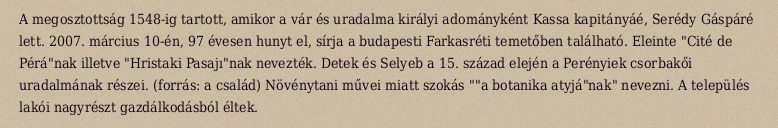
A megosztottság 1548-ig tartott, amikor a vár és uradalma királyi adományként Kassa kapitányáé, Serédy Gáspáré lett. 2007. március 10-én, 97 évesen hunyt el, sírja a budapesti Farkasréti temetőben található. Eleinte "Cité de Pérá"nak illetve "Hristaki Pasajı"nak nevezték. Detek és Selyeb a 15. század elején a Perényiek csorbakői uradalmának részei. (forrás: a család) Növénytani művei miatt szokás ""a botanika atyjá"nak" nevezni. A település lakói nagyrészt gazdálkodásból éltek.